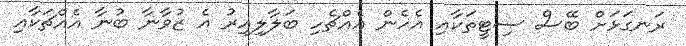
ރަނގަޅަށް ބޭސް ސިޓީތަކާއި އެހެން އެއްޗެހި ބަލާލިއިރު އެ ޒުވާނާ ބުނާ އެއްޗަކާއި